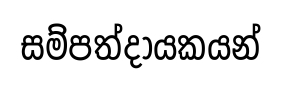
සම්පත්දායකයන්